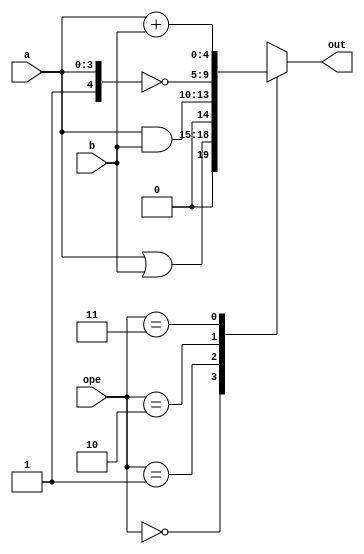
/*
* Antonio Aguilar
* ALU 4 bits
*/

module alu44(input[1:0] ope, input[3:0] a, b, output reg[4:0] out);
	wire[4:0] or_op, and_op, not_op, plus_op;
	assign or_op = a | b;
	assign and_op = a & b;
	assign not_op = ~{1'b1, a};
	assign plus_op = a + b;
	
	always @(*)
	begin
		case(ope)
			0: out = or_op;
			1: out = and_op;
			2: out = not_op;
			3: out = plus_op;
		endcase
	end

endmodule